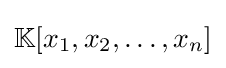
\mathbb {K} [x_{1},x_{2},\dotsc ,x_{n}]